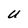
Character: U